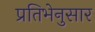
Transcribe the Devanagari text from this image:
प्रतिभेनुसार